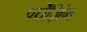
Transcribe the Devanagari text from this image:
पर्चेज़िंग